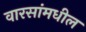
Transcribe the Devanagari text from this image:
वारसांमधील